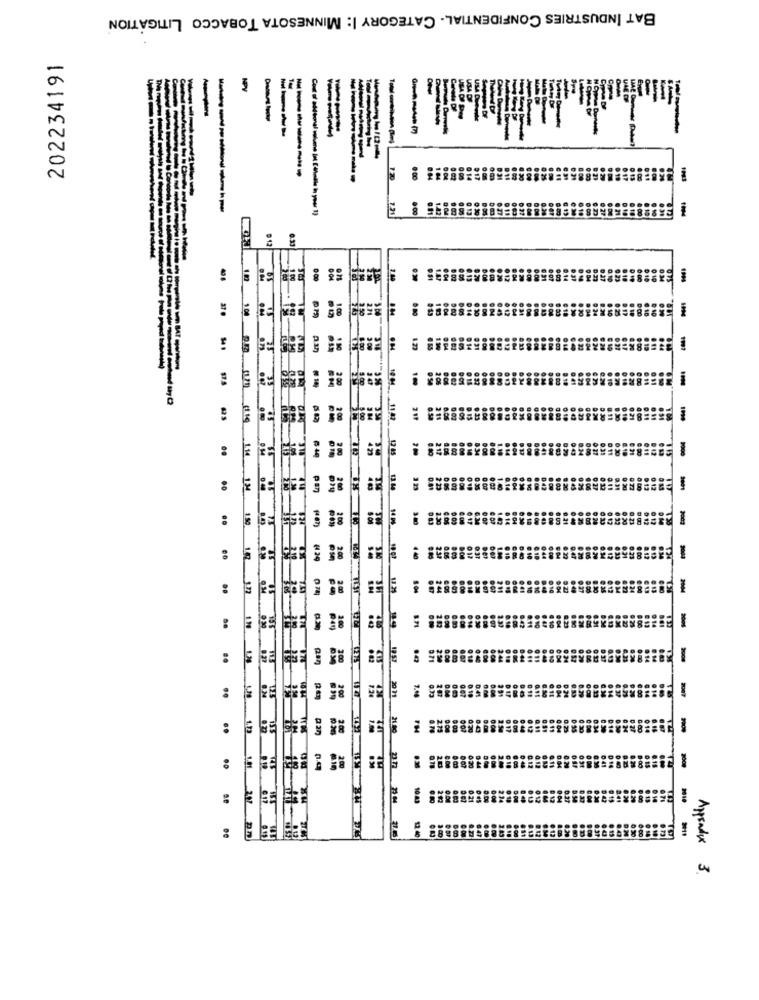
BAT INDUSTRIES CONFIDENTIAL. CATEGORY I: MINNESOTA TOBACCO LITIGATION
202234191
-
ma
USA Dem
E
---
---
------
------
.00
104
1943
Cont of sedtonel celane jat C'èhalla in your 1)
7.31
0 13
-
0 12
0.00
FE
F:
175
KT
FE
:
:
14 PS
per
:
1
:
-1ª
1
:
1N
171
:
-10
2.00
:
..
:
2011
Appendix 3.